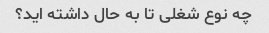
چه نوع شغلی تا به حال داشته اید؟